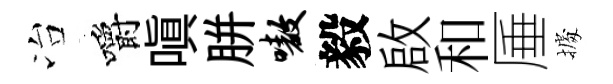
冶嚼嗔胼嗷毅啟和厜𢴃